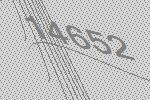
14652